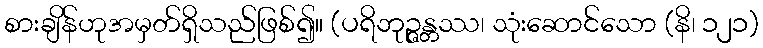
စားချိန်ဟုအမှတ်ရှိသည်ဖြစ်၍။ (ပရိဘုဉ္ဇန္တဿ၊ သုံးဆောင်သော (နိ၊ ၁၂၁)